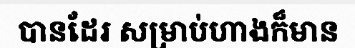
បានដែរ សម្រាប់ហាងក៏មាន